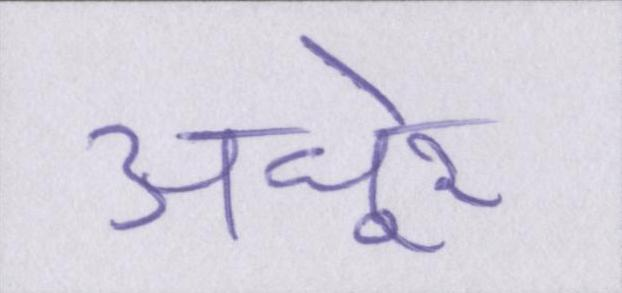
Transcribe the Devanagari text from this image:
अधूरे